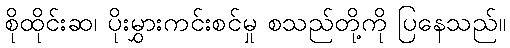
စိုထိုင်းဆ၊ ပိုးမွှားကင်းစင်မှု စသည်တို့ကို ပြနေသည်။